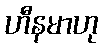
ဟီနမာဟု